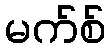
မက်စ်